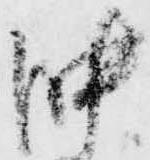
沖